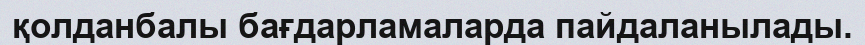
қолданбалы бағдарламаларда пайдаланылады.